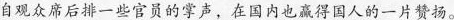
自观众席后排一些官员的掌声，在国内也赢得国人的一片赞扬。